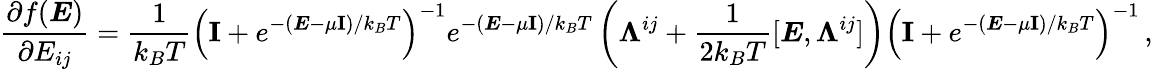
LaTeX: \frac{\partial f(\boldsymbol{E})}{\partial E_{ij}}=\frac{1}{k_{B}T}\left(\textbf{I}+e^{-(\boldsymbol{E}-\mu\textbf{I})/k_{B}T}\right)^{-1}e^{-(\boldsymbol{E}-\mu\textbf{I})/k_{B}T}\left(\boldsymbol{\Lambda}^{ij}+\frac{1}{2k_{B}T}[\boldsymbol{E},\boldsymbol{\Lambda}^{ij}]\right)\left(\textbf{I}+e^{-(\boldsymbol{E}-\mu\textbf{I})/k_{B}T}\right)^{-1}\, ,